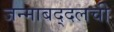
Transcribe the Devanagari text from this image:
जन्माबद्दलची